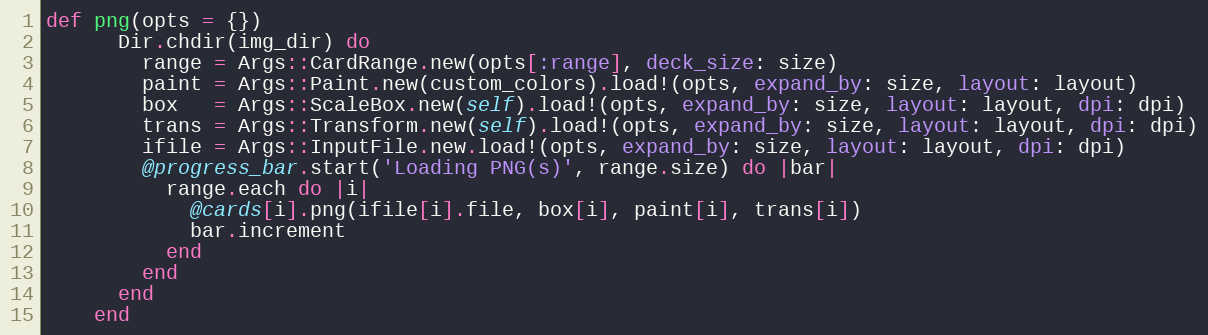
Language: Ruby
def png(opts = {})
      Dir.chdir(img_dir) do
        range = Args::CardRange.new(opts[:range], deck_size: size)
        paint = Args::Paint.new(custom_colors).load!(opts, expand_by: size, layout: layout)
        box   = Args::ScaleBox.new(self).load!(opts, expand_by: size, layout: layout, dpi: dpi)
        trans = Args::Transform.new(self).load!(opts, expand_by: size, layout: layout, dpi: dpi)
        ifile = Args::InputFile.new.load!(opts, expand_by: size, layout: layout, dpi: dpi)
        @progress_bar.start('Loading PNG(s)', range.size) do |bar|
          range.each do |i|
            @cards[i].png(ifile[i].file, box[i], paint[i], trans[i])
            bar.increment
          end
        end
      end
    end